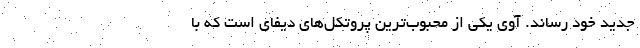
جدید خود رساند. آوی یکی از محبوب‌ترین پروتکل‌های دیفای است که با